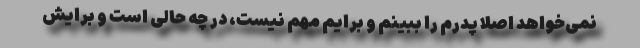
نمی‌خواهد اصلا پدرم را ببینم و برایم مهم نیست، در چه حالی است و برایش